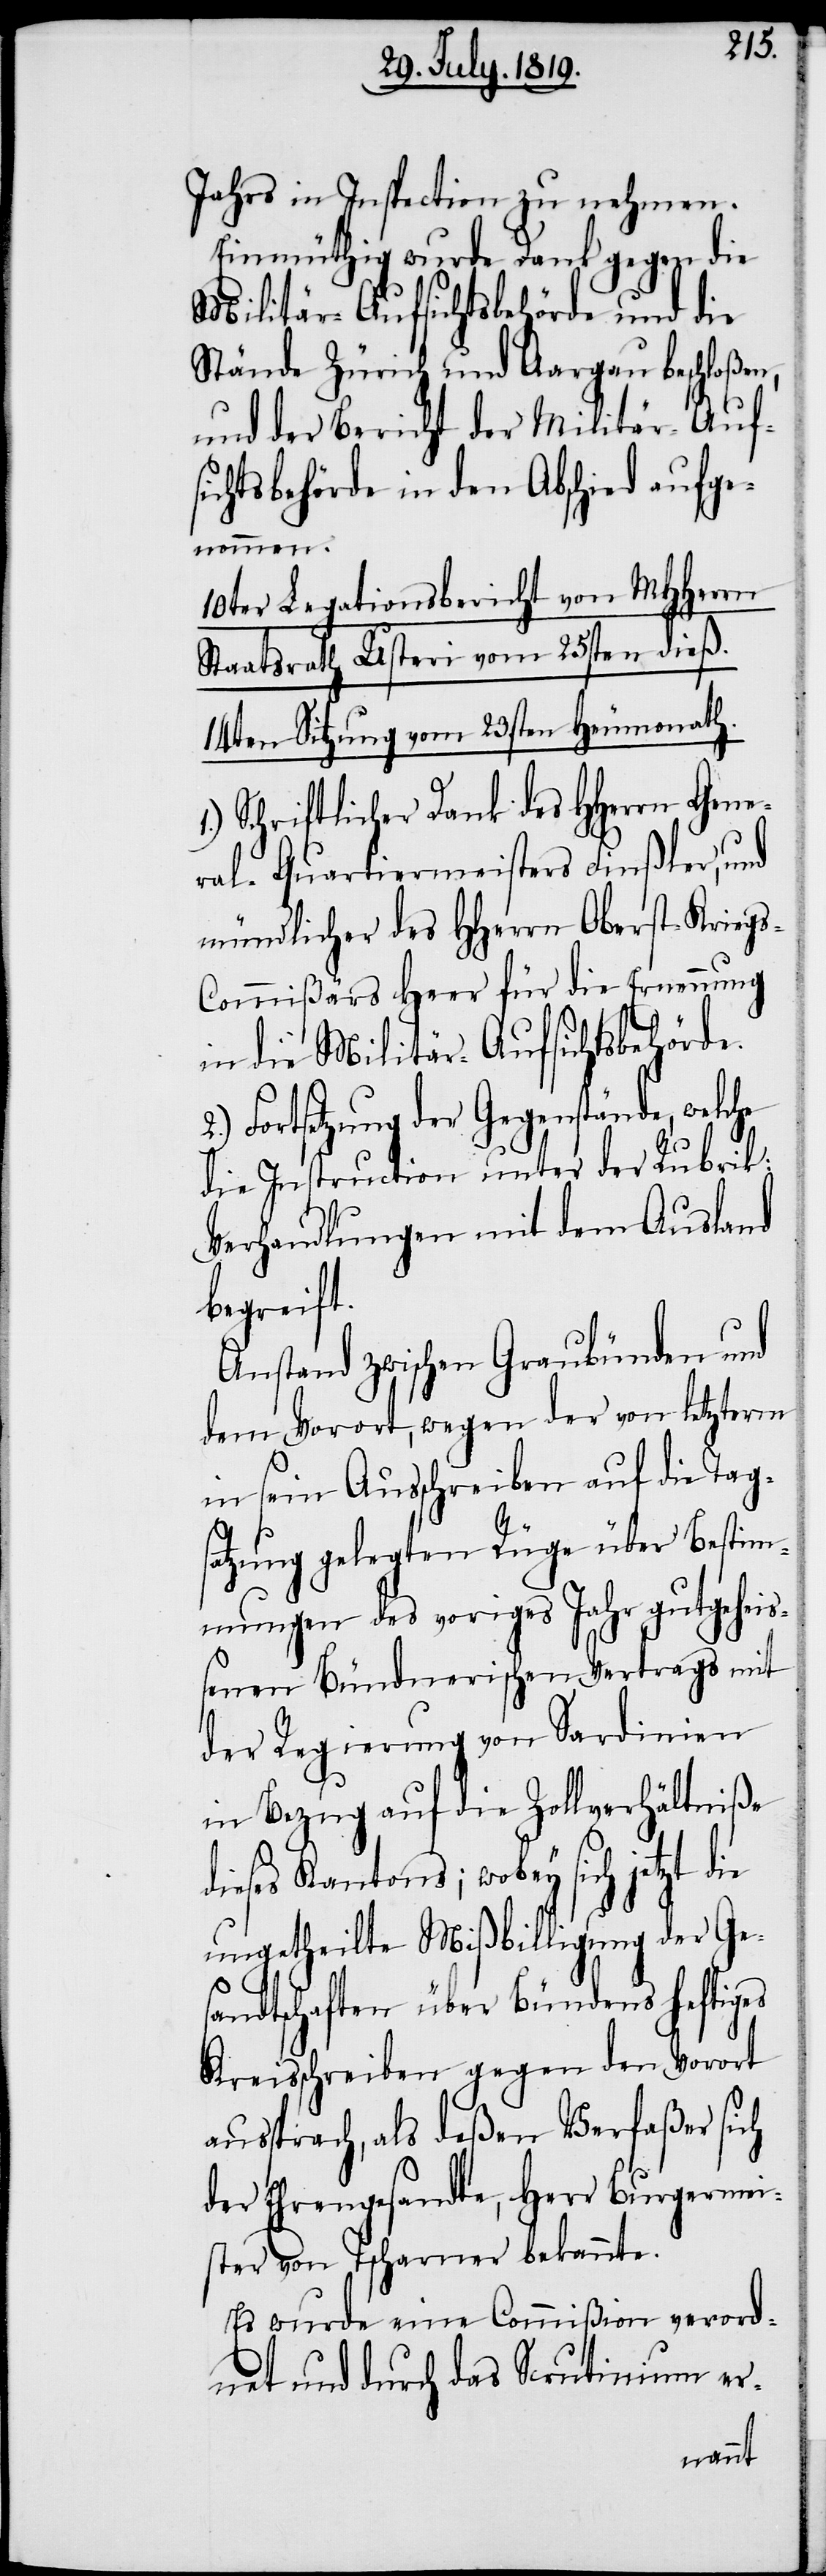
Jahrs in Inspection zu nehmen.
Einmüthig wurde Dank gegen die
Militär-Aufsichtsbehörde und die
Stände Zürich und Aargau beschloßen,
und der Bericht der Militär-Auf¬
sichtsbehörde in den Abschied aufge¬
nommen:
10ter Legationsbericht von MHHerrn
Staatsrath Usteri vom 25sten dieß.
14ten Sitzung vom 23sten Heumonath.
Schriftlicher Dank des HHerrn Gene¬
ral-Quartiermeisters Finßer, und
mündlicher des HHerrn Oberst-Krieg¬
s-Commißärs Heer für die Ernennung
in die Militär-Aufsichtsbehörde.
Fortsetzung der Gegenstände, welche
die Instruction unter der Rubrik:
Verhandlungen mit dem Ausland
begreift.
Anstand zwischen Graubünden und
dem Vorort, wegen der von letzterm
in sein Ausschreiben auf die Tags¬
atzung gelegten Rüge über Bestim¬
mungen des voriges Jahr gutgeheis¬
senen Bündnerischen Vertrags mit
der Regierung von Sardinien
in Bezug auf die Zollverhältniße
dieses Kantons; wobey sich jetzt
ungetheilte Mißbilligung der Ge¬
sandtschaften über Bündens heftiges
Kreisschreiben gegen den Vorort
aussprach, als deßen Verfaßer sich
der Ehrengesandte, Herr Burgermei¬
ster von Tscharner bekannte.
Es wurde eine Commißion verord¬
net und durch das Scrutinium er-